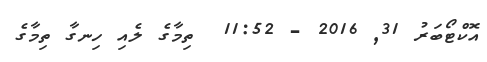
އޮކްޓޯބަރު 31